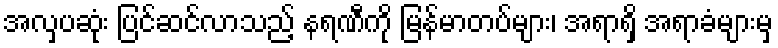
အလှပဆုံး ပြင်ဆင်လာသည့် နရဏီကို မြန်မာတပ်များ၊ အရာရှိ အရာခံများမှ